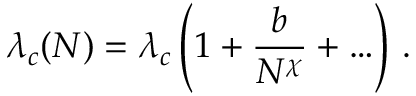
\lambda _ { c } ( N ) = \lambda _ { c } \left( 1 + \frac { b } { N ^ { \chi } } + \ldots \right) \, .